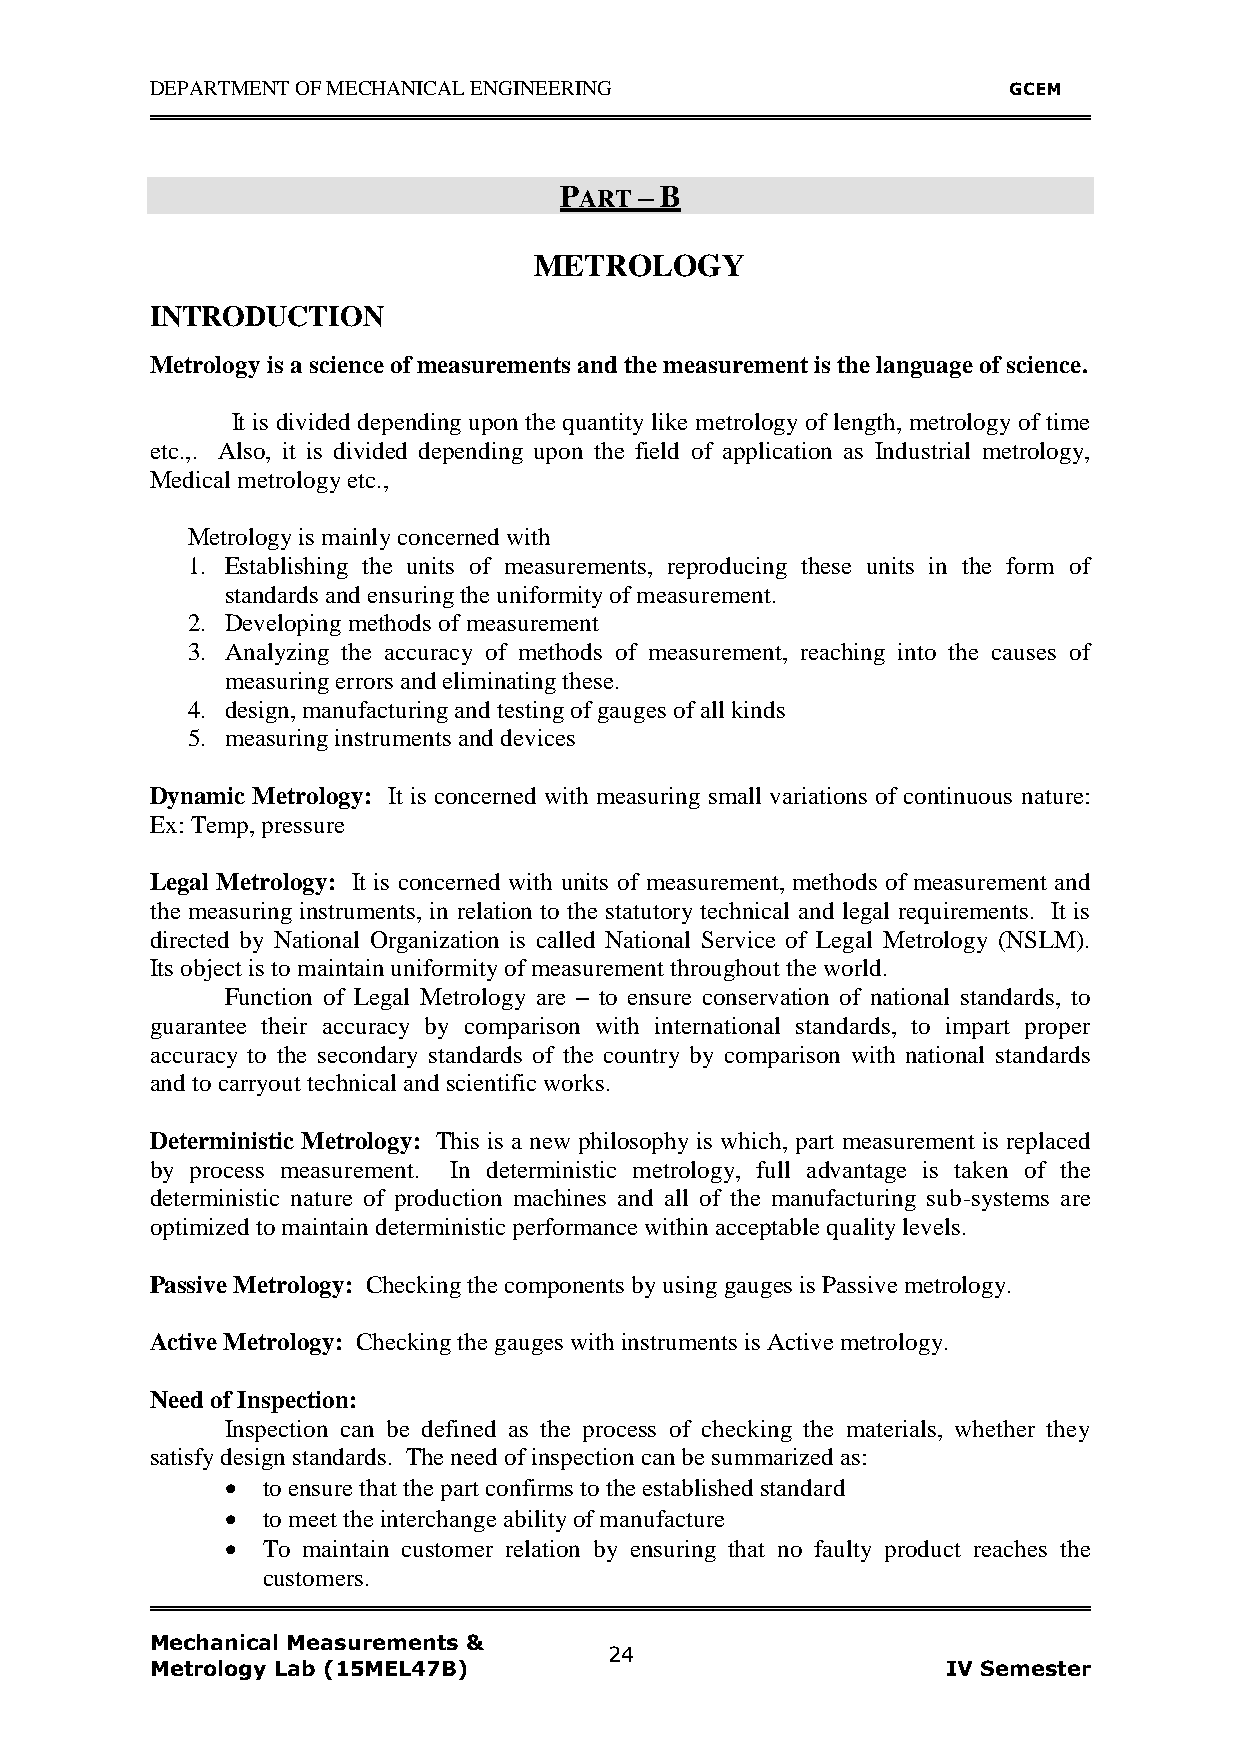
DEPARTMENT OF MECHANICAL ENGINEERING                     GCEM
 PART – B
 METROLOGY
 INTRODUCTION
 Metrology is a science of measurements and the measurement is the language of science.
 It is divided depending upon the quantity like metrology of length, metrology of time
 etc.,. Also, it is divided depending upon the field of application as Industrial metrology,
 Medical metrology etc.,
 Metrology is mainly concerned with
 1. Establishing the units of measurements, reproducing these units in the form of
 standards and ensuring the uniformity of measurement.
 2. Developing methods of measurement
 3. Analyzing the accuracy of methods of measurement, reaching into the causes of
 measuring errors and eliminating these.
 4. design, manufacturing and testing of gauges of all kinds
 5. measuring instruments and devices
 Dynamic Metrology: It is concerned with measuring small variations of continuous nature:
 Ex: Temp, pressure
 Legal Metrology: It is concerned with units of measurement, methods of measurement and
 the measuring instruments, in relation to the statutory technical and legal requirements. It is
 directed by National Organization is called National Service of Legal Metrology (NSLM).
 Its object is to maintain uniformity of measurement throughout the world.
 Function of Legal Metrology are – to ensure conservation of national standards, to
 guarantee their accuracy by comparison with international standards, to impart proper
 accuracy to the secondary standards of the country by comparison with national standards
 and to carryout technical and scientific works.
 Deterministic Metrology: This is a new philosophy is which, part measurement is replaced
 by process measurement. In deterministic metrology, full advantage is taken of the
 deterministic nature of production machines and all of the manufacturing sub-systems are
 optimized to maintain deterministic performance within acceptable quality levels.
 Passive Metrology: Checking the components by using gauges is Passive metrology.
 Active Metrology: Checking the gauges with instruments is Active metrology.
 Need of Inspection:
 Inspection can be defined as the process of checking the materials, whether they
 satisfy design standards. The need of inspection can be summarized as:
  to ensure that the part confirms to the established standard
  to meet the interchange ability of manufacture
  To maintain customer relation by ensuring that no faulty product reaches the
 customers.
 Mechanical Measurements &
 24
 Metrology Lab (15MEL47B)                             IV Semester